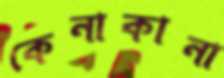
কেনাকানা